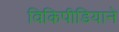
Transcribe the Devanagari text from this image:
विकिपीडियाने